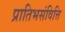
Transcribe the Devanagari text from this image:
प्रातिभसंवित्ति